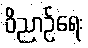
ဝိညာဉ်ရေး